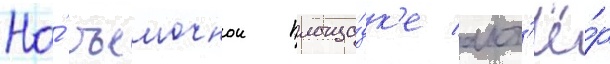
На́ съемочнои площа́дк'е акт'ё́р